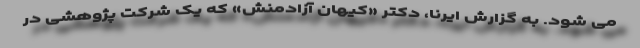
می شود. به گزارش ایرنا، دکتر «کیهان آزادمنش» که یک شرکت پژوهشی در